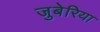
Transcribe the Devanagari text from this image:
जुबेरिया